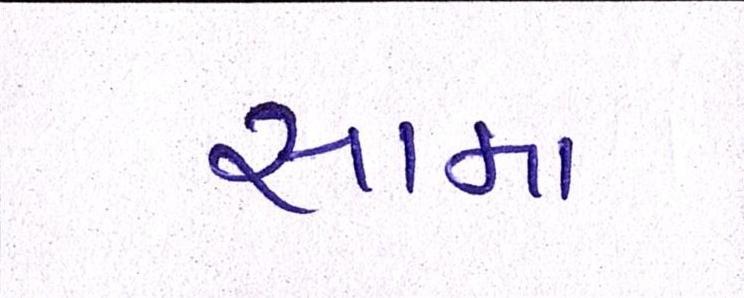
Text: સામા